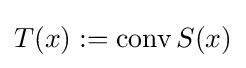
T(x):=\mathop {\mathrm {conv} } S(x)